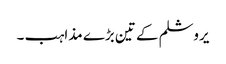
یروشلم کے تین بڑے مذاہب ۔